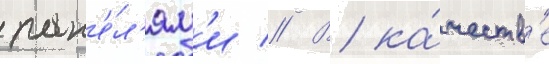
пан'е́л'ям'и // В ка́честв'е